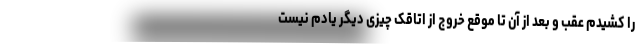
را کشیدم عقب و بعد از آن تا موقع خروج از اتاقک چیزی دیگر یادم نیست